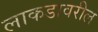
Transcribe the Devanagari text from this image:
लाकडावरील